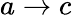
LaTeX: a\rightarrow c